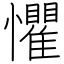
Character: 懼